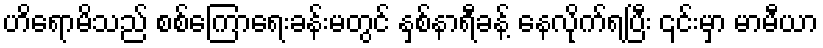
ဟိရောမိသည် စစ်ကြောရေးခန်းမတွင် နှစ်နာရီခန့် နေလိုက်ရပြီး ၎င်းမှာ မာမီယာ